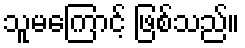
သူမကြောင့် ဖြစ်သည်။